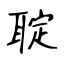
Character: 聢